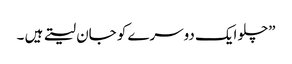
”چلو ایک دوسرے کو جان لیتے ہیں ۔